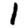
Digit: 1